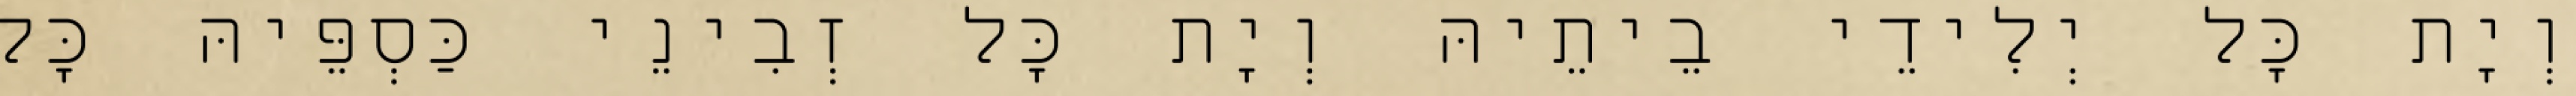
וְיָת כָּל יְלִידֵי בֵיתֵיהּ וְיָת כָּל זְבִינֵי כַּסְפֵּיהּ כָּל